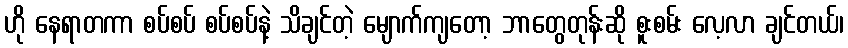
ဟို နေရာတကာ စပ်စပ် စပ်စပ်နဲ့ သိချင်တဲ့ မျောက်ကျတော့ ဘာတွေတုန်းဆို စူးစမ်း လေ့လာ ချင်တယ်၊